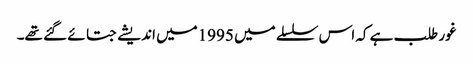
غور طلب ہے کہ اس سلسلے میں 1995میں اندیشے جتائے گئے تھے۔